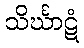
သိင်္ဃာဋံ